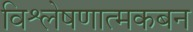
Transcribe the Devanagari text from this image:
विश्लेषणात्मकबन